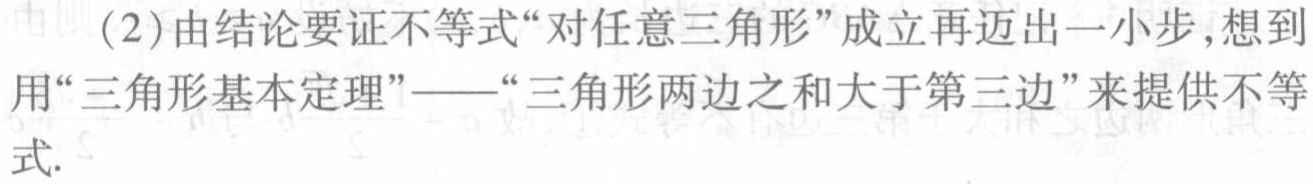
(2)由结论要证不等式“对任意三角形”成立再迈出一小步,想到用“三角形基本定理”——“三角形两边之和大于第三边”来提供不等式.